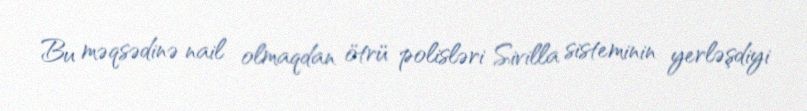
Bu məqsədinə nail olmaqdan ötrü polisləri Sivilla sisteminin yerləşdiyi